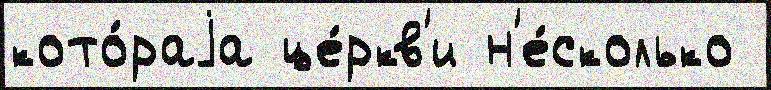
кото́раjа це́ркв'и н'е́сколько